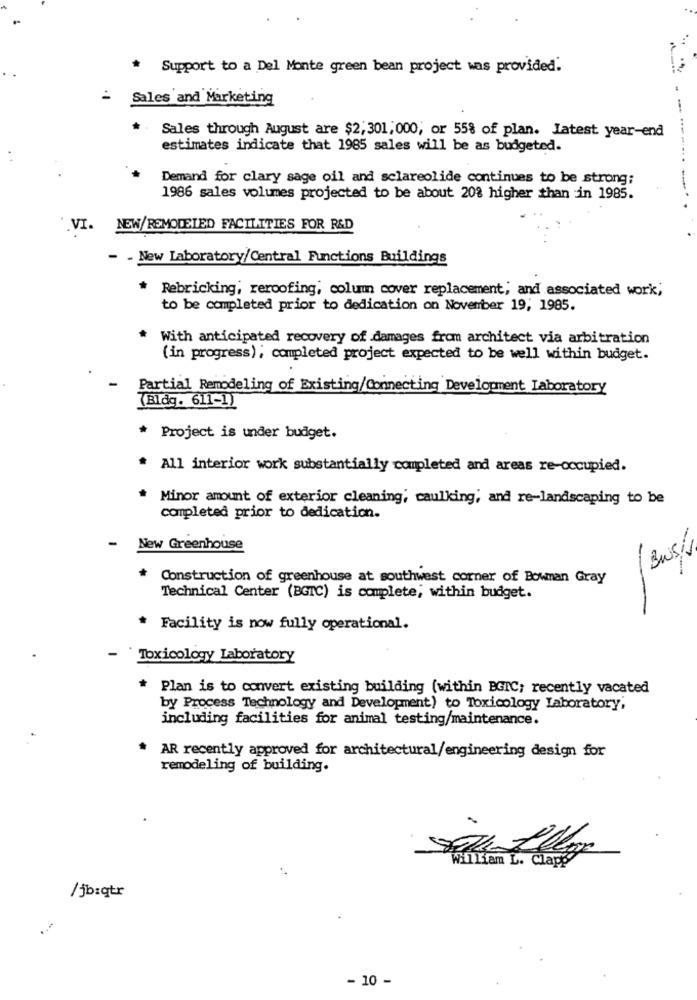
* Support to a Del Monte green bean project was provided.
= Sales and Marketing
Sales through August are $2,301,000, or 55% of plan. Latest year-end
estimates indicate that 1985 sales will be as budgeted.
Demand for clary sage oil and sclareolide continues to be strong;
1986 sales volumes projected to be about 20% higher than in 1985.
VI.
NEW/REMODELED FACILITIES FOR R&D
- - New Laboratory/Central Functions Buildings
* Rebricking; reroofing, column cover replacement, and associated work,
to be completed prior to dedication on November 19, 1985.
With anticipated recovery of damages from architect via arbitration
(in progress); completed project expected to be well within budget.
Partial Remodeling of Existing/Connecting Development Laboratory
(Bldg. 611-1)
* Project is under budget.
* All interior work substantially completed and areas re-occupied.
Minor amount of exterior cleaning, caulking, and re-landscaping to be
completed prior to dedication.
-
New Greenhouse
Bus/
Construction of greenhouse at southwest corner of Bowman Gray
Technical Center (BGIC) is complete; within budget.
* Facility is now fully operational.
-
Toxicology Laboratory
* Plan is to convert existing building (within BGIC; recently vacated
by Process Technology and Development) to Toxicology Laboratory,
including facilities for animal testing/maintenance.
* AR recently approved for architectural/engineering design for
remodeling of building.
William L. Clapp
/jb:qtr
- 10 -